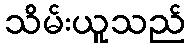
သိမ်းယူသည်